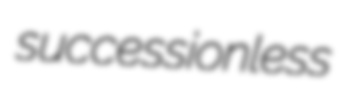
successionless